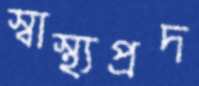
স্বাস্থ্যপ্রদ